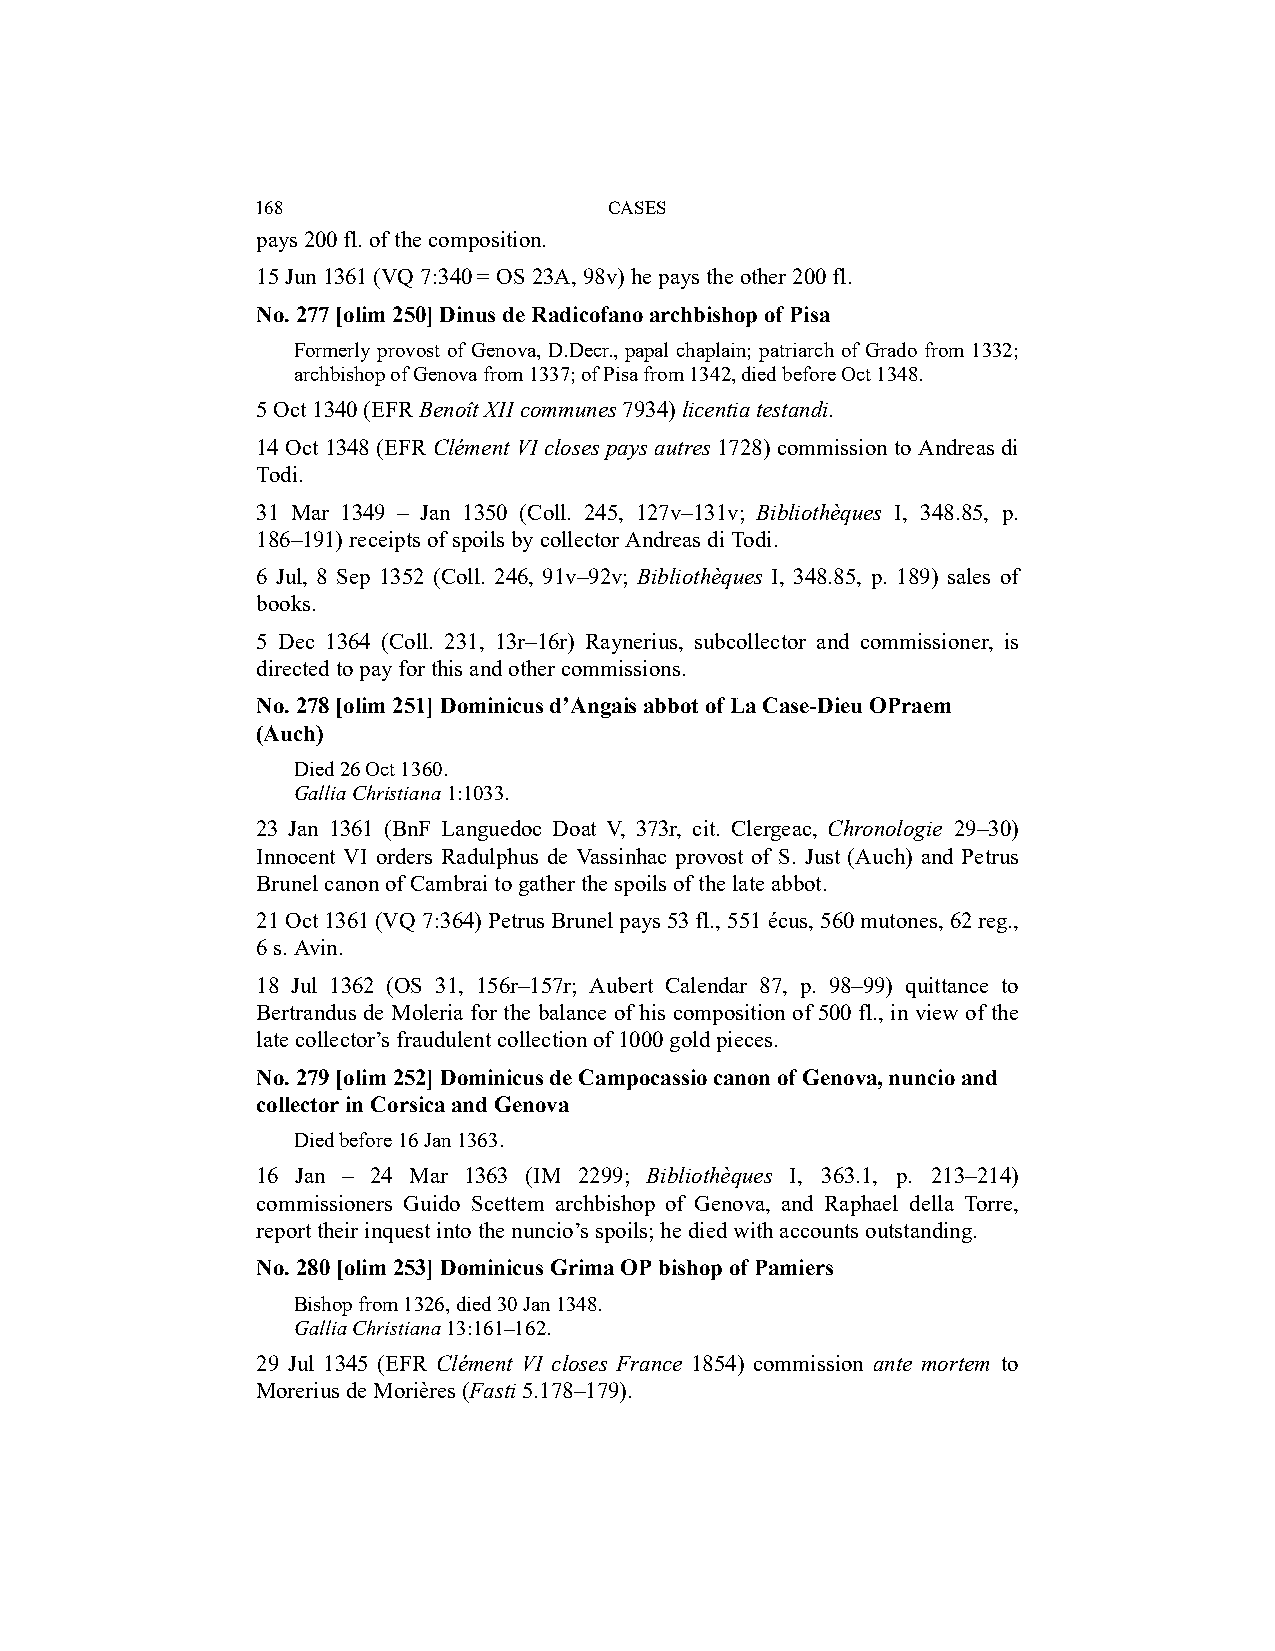
168                    CASES
 pays 200 fl. of the composition.
 15 Jun 1361 (VQ 7:340 = OS 23A, 98v) he pays the other 200 fl.
 No. 277 [olim 250] Dinus de Radicofano archbishop of Pisa
 Formerly provost of Genova, D.Decr., papal chaplain; patriarch of Grado from 1332;
 archbishop of Genova from 1337; of Pisa from 1342, died before Oct 1348.
 5 Oct 1340 (EFR Benoît XII communes 7934) licentia testandi.
 14 Oct 1348 (EFR Clément VI closes pays autres 1728) commission to Andreas di
 Todi.
 31 Mar 1349 – Jan 1350 (Coll. 245, 127v–131v; Bibliothèques I, 348.85, p.
 186–191) receipts of spoils by collector Andreas di Todi.
 6 Jul, 8 Sep 1352 (Coll. 246, 91v–92v; Bibliothèques I, 348.85, p. 189) sales of
 books.
 5 Dec 1364 (Coll. 231, 13r–16r) Raynerius, subcollector and commissioner, is
 directed to pay for this and other commissions.
 No. 278 [olim 251] Dominicus d’Angais abbot of La Case-Dieu OPraem
 (Auch)
 Died 26 Oct 1360.
 Gallia Christiana 1:1033.
 23 Jan 1361 (BnF Languedoc Doat V, 373r, cit. Clergeac, Chronologie 29–30)
 Innocent VI orders Radulphus de Vassinhac provost of S. Just (Auch) and Petrus
 Brunel canon of Cambrai to gather the spoils of the late abbot.
 21 Oct 1361 (VQ 7:364) Petrus Brunel pays 53 fl., 551 écus, 560 mutones, 62 reg.,
 6 s. Avin.
 18 Jul 1362 (OS 31, 156r–157r; Aubert Calendar 87, p. 98–99) quittance to
 Bertrandus de Moleria for the balance of his composition of 500 fl., in view of the
 late collector’s fraudulent collection of 1000 gold pieces.
 No. 279 [olim 252] Dominicus de Campocassio canon of Genova, nuncio and
 collector in Corsica and Genova
 Died before 16 Jan 1363.
 16 Jan – 24 Mar 1363 (IM 2299; Bibliothèques I, 363.1, p. 213–214)
 commissioners Guido Scettem archbishop of Genova, and Raphael della Torre,
 report their inquest into the nuncio’s spoils; he died with accounts outstanding.
 No. 280 [olim 253] Dominicus Grima OP bishop of Pamiers
 Bishop from 1326, died 30 Jan 1348.
 Gallia Christiana 13:161–162.
 29 Jul 1345 (EFR Clément VI closes France 1854) commission ante mortem to
 Morerius de Morières (Fasti 5.178–179).